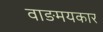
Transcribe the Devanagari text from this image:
वाङमयकार